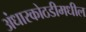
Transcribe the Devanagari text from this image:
अंधारकोठडीमधील